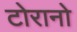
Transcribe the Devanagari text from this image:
टोरानो